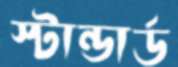
স্টান্ডার্ড